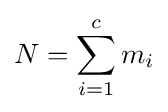
N=\sum _{i=1}^{c}m_{i}